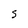
Character: S